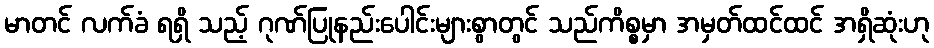
မာတင် လက်ခံ ရရှိ သည့် ဂုဏ်ပြုနည်းပေါင်းများစွာတွင် သည်ကိစ္စမှာ အမှတ်ထင်ထင် အရှိဆုံးဟု